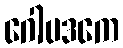
ဂေါပဒကေ